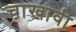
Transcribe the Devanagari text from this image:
चाखावी